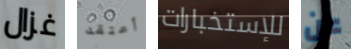
غزال أعتقد للإستخبارات عن